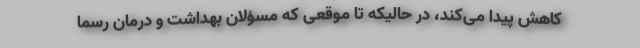
کاهش پیدا می‌کند، در حالیکه تا موقعی که مسؤلان بهداشت و درمان رسما